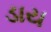
ડાય